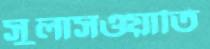
সুলাসওয়াতি